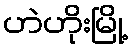
ဟဲဟိုးမြို့